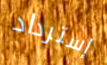
إسترداد